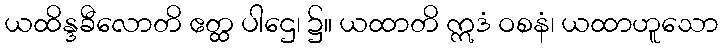
ယထိန္ဒခီလောတိ ဧတ္ထ ပါဌေ၊ ၌။ ယထာတိ ဣဒံ ဝစနံ၊ ယထာဟူသော